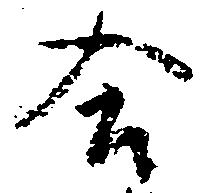
合